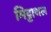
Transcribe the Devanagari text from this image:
मिट्टाथल